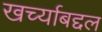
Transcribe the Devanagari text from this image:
खर्च्याबद्दल